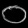
Digit: ၀